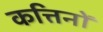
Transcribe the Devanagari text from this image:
कत्तिनों